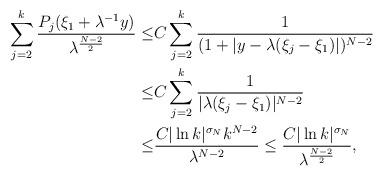
LaTeX: \begin{align*}\sum_{j=2}^{k}\frac{ P_j( \xi_1+\lambda^{-1} y)}{\lambda^{\frac{N-2}2}}\le& C\sum_{j=2}^{k}\frac{ 1}{( 1+ |y - \lambda(\xi_j-\xi_1)|)^{N-2}}\\\le&C\sum_{j=2}^{k}\frac{ 1}{| \lambda(\xi_j-\xi_1)|^{N-2}}\\\le& \frac{ C |\ln k|^{\sigma_N}k^{N-2}}{\lambda^{N-2}}\le\frac{ C |\ln k|^{\sigma_N}}{\lambda^{\frac{N-2}2}},\end{align*}